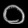
Digit: ၀